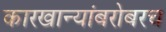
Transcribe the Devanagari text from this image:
कारखान्यांबरोबरच